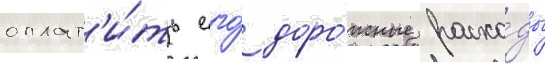
оплат'и́ть его́ доро́жные расхо́ды